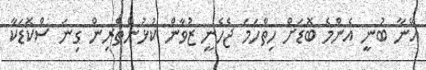
އޭނާ ބުނީ އެންމެ ބޮޑަށް ހިތްހަމަ ޖެހެނީ ޒުވާން ކުޅުންތެރިން ގިނަ ސްކޮޑަކާ